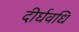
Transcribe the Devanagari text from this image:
दीर्घवधि